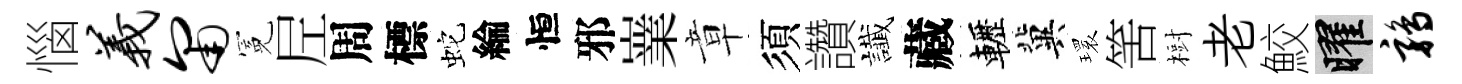
惱义匍冕𡰱周標蛇綸恒邪嶪章須讚䜟藏轣冀𤨔筈𣗳老鮫曜鹑